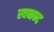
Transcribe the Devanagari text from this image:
स्वनन्द